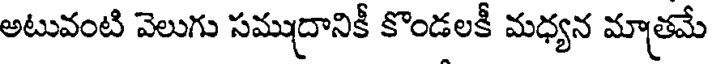
అటువంటి వెలుగు సముద్రానికీ కొండలకీ మధ్యన మాత్రమే